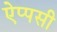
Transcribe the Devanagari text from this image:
ऐप्पसी